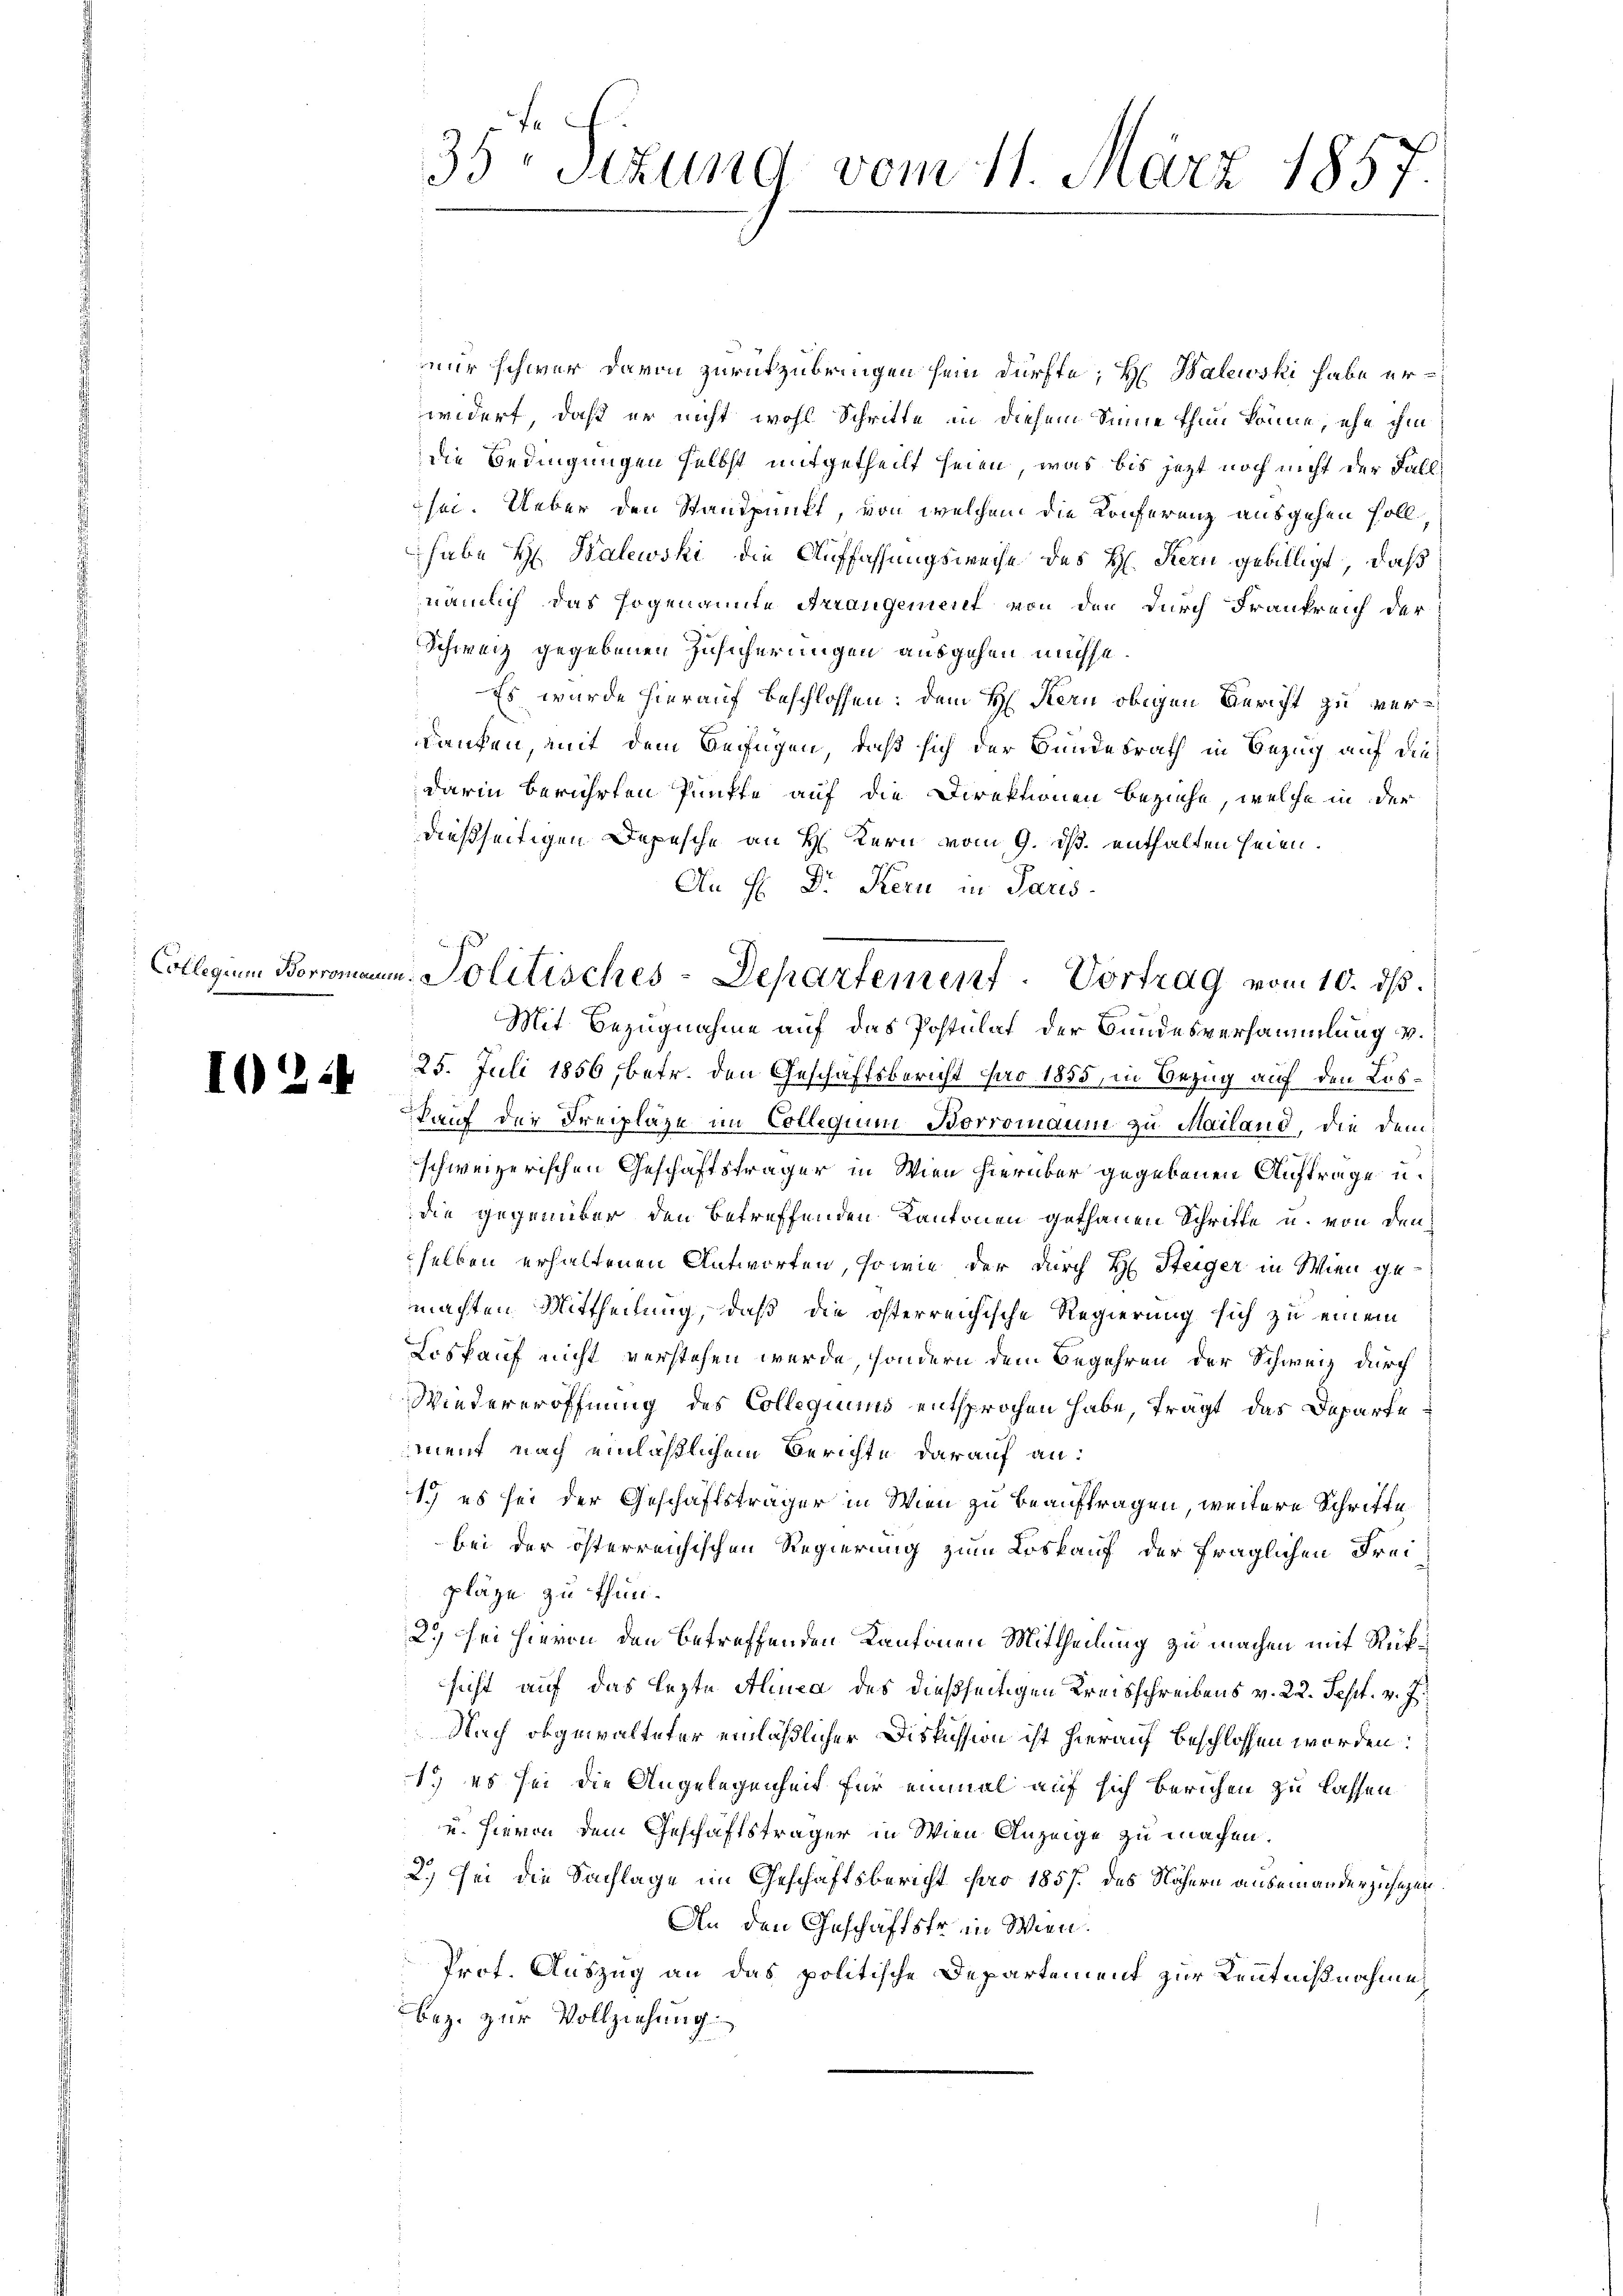
I24

f
35 Stzung vom 11. März 1857.

nur schwer davon zurückzubringen sein dürfte; H. Balewski habe erwidert, daß er nicht wohl Schritte in diesem Sinne thun könne, ehe ihm
die Bedingungen selbst mitgetheilt seien, was bis jetzt noch nicht der Fall
sei. Ueber den Standpunkt, von welchem die Konferenz ausgehen soll
habe H. Halewski die Auffassungsweise des H. Kern gebilligt, daß
nämlich das sogenannte Arrangement von den durch Frankreich der
Schweiz gegebenen Zusicherungen ausgehen müsse.
Es wurde hierauf beschlossen: dem H. Kern obigen Bericht zu verkaufen, mit dem Beifügen, daß sich der Bundesrath in Bezug auf diedarin berührten Punkte auf die Direktionen beziehe, welche in der
dießseitigen Depesche an H. Kern vom 9. ds. enthalten seien.
An H. Dr. Kern in Paris
25. Juli 1856, betr. den Geschäftsbericht pro 1855, in Bezug auf den Los¬
Kauf der Freiplaze im Collegium Borromaum zu Mailand, die dem
schweizerischen Geschäftsträger in Wien hierüber gegebenen Auftrage u.
die gegenüber den betreffenden Kantonen gethanen Schritte u. von den
selben erhaltenen Antworten, so wie der durch H. Steiger in Wien gemachten Mittheilung, daß die österreichische Regierung sich zu einem
Loskauf nicht verstehen werde, sondern dem Begehren der Schweiz durch
Wiedereröffnung des Collegiums entsprochen habe, trägt das Departement nach einläßlichem Berichte darauf an:
1.) es sei der Geschäftsträger in Wien zu beauftragen, weitere Schrifte
bei der österreichischen Regierung zum Loskauf der fraglichen Freipläge zu thun.
2.) sei hievon den betreffenden Kantonen Mittheilung zu machen mit Rüksicht auf das lezte Alinea des dießseitigen Kreisschreibens v. 22. Sept. v. J.
Nach obgewalteter einläßlicher Diskussion ist hierauf beschlossen worden:
1.) es sei die Angelegenheit für einmal auf sich berichen zu lassen
u. Hievon dem Geschäftsträger in Wien Anzeige zu machen.
2.) Sei die Sachlage im Geschäftsbericht für 1857 des Nähern auseinanderzusagen
An den Geschäftstr in Wien.
Prot. Auszug an das politische Departement zur Kenntnißnahme
bez. zur Vollziehung.

Collegium Boromann Politisches-Departement. Vortrag vom 10. ds.
Mit Bezugnahme auf das Postulat der Bundesversammlung v.